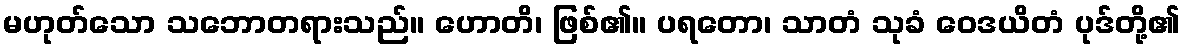
မဟုတ်သော သဘောတရားသည်။ ဟောတိ၊ ဖြစ်၏။ ပရတော၊ သာတံ သုခံ ဝေဒယိတံ ပုဒ်တို့၏